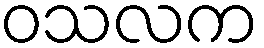
ဝသလက